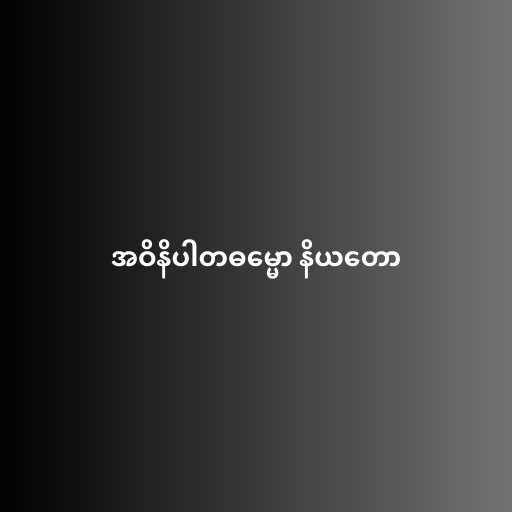
အဝိနိပါတဓမ္မော နိယတော